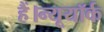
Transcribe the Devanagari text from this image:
हैं।न्यूयॉर्क